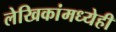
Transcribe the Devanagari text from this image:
लेखिकांमध्येही